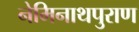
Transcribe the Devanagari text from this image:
नेमिनाथपुराण